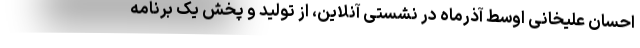
احسان علیخانی اوسط آذرماه در نشستی آنلاین، از تولید و پخش یک برنامه